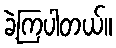
ခဲ့ကြပါတယ်။